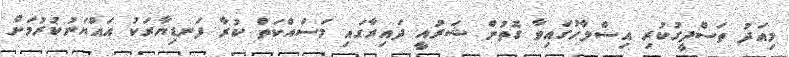
މިއަދު ތަސްދީގުކުރި އިސްލާހުގައިވާ ގޮތުން ޝަރުއީ ދައިރާގައި މަސައްކަތް ކުރާ ފަނޑިޔާރަކު އައްޔަނުކުރުމަށް